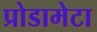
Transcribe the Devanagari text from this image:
प्रोडामेटा